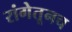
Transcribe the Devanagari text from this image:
रांगेतूनच